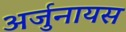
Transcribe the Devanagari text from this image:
अर्जुनायस